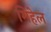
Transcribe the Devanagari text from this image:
मिहेल